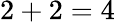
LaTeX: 2+2=4